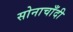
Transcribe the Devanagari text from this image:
सोनाचाँदी